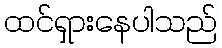
ထင်ရှားနေပါသည်